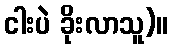
ငါးပဲ ခိုးလာသူ)။